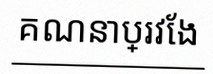
គណនាប្រវែង